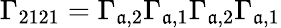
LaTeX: \Gamma_{2121}=\Gamma_{\mathfrak{a},2}\Gamma_{\mathfrak{a},1}\Gamma_{\mathfrak{a},2}\Gamma_{\mathfrak{a},1}